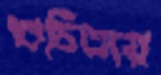
শুচিতায়